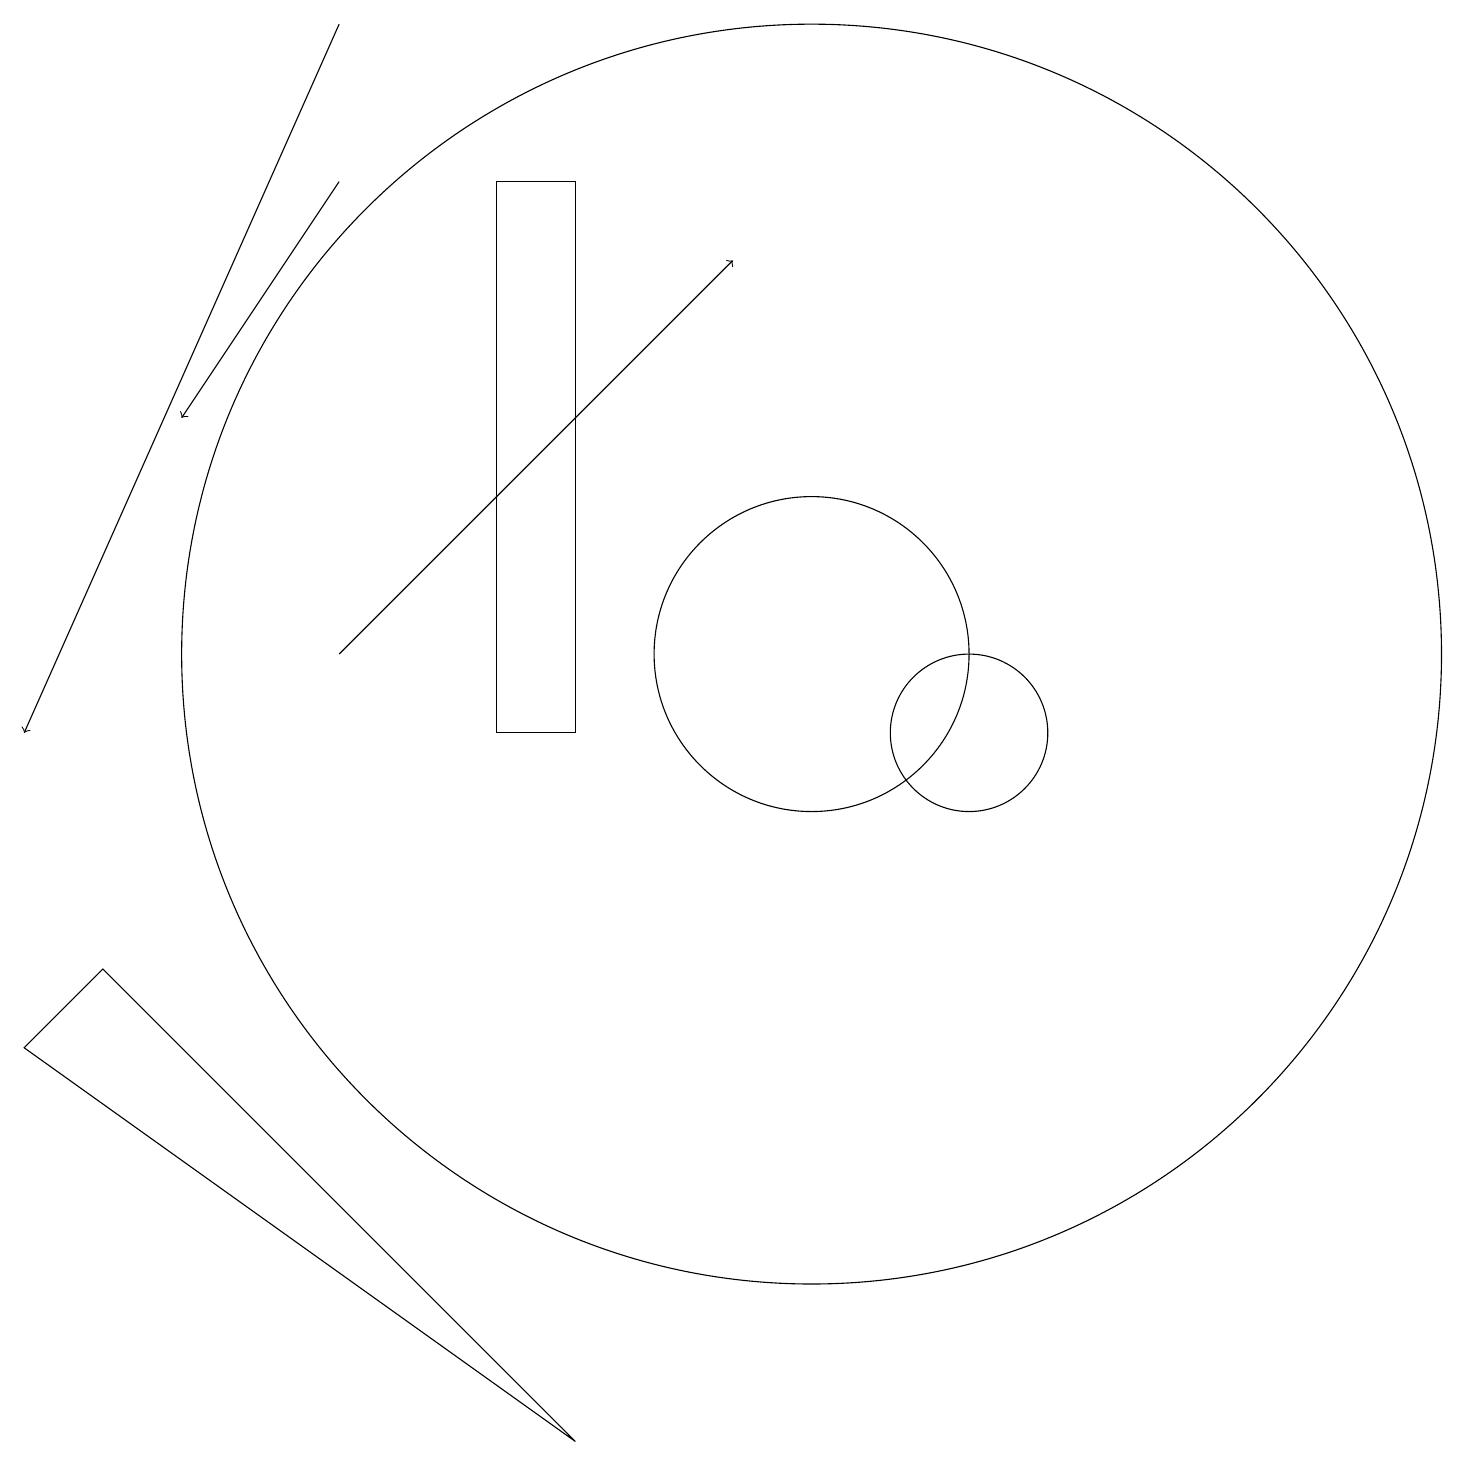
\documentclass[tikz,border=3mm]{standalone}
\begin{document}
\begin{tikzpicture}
\draw (12,10) circle (1);
\draw (6,10) rectangle (7,17);
\draw (10,11) circle (8);
\draw[->] (4,19) -- (0,10);
\draw[->] (4,11) -- (9,16);
\draw (0,6) -- (1,7) -- (7,1) -- cycle;
\draw[->] (4,17) -- (2,14);
\draw (10,11) circle (2);
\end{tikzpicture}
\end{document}